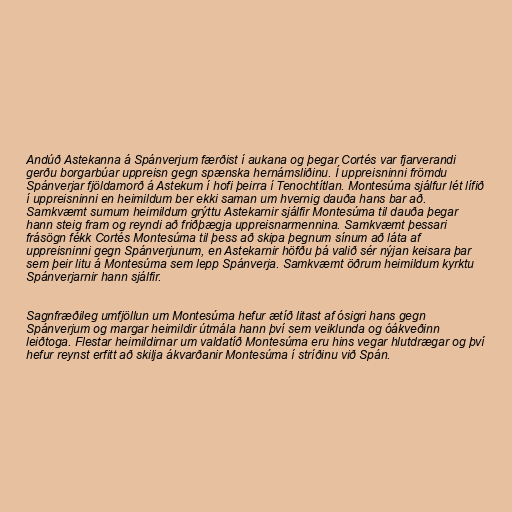
Andúð Astekanna á Spánverjum færðist í aukana og þegar Cortés var fjarverandi
gerðu borgarbúar uppreisn gegn spænska hernámsliðinu. Í uppreisninni frömdu
Spánverjar fjöldamorð á Astekum í hofi þeirra í Tenochtítlan. Montesúma sjálfur lét lífið
í uppreisninni en heimildum ber ekki saman um hvernig dauða hans bar að.
Samkvæmt sumum heimildum grýttu Astekarnir sjálfir Montesúma til dauða þegar
hann steig fram og reyndi að friðþægja uppreisnarmennina. Samkvæmt þessari
frásögn fékk Cortés Montesúma til þess að skipa þegnum sínum að láta af
uppreisninni gegn Spánverjunum, en Astekarnir höfðu þá valið sér nýjan keisara þar
sem þeir litu á Montesúma sem lepp Spánverja. Samkvæmt öðrum heimildum kyrktu
Spánverjarnir hann sjálfir.

Sagnfræðileg umfjöllun um Montesúma hefur ætíð litast af ósigri hans gegn
Spánverjum og margar heimildir útmála hann því sem veiklunda og óákveðinn
leiðtoga. Flestar heimildirnar um valdatíð Montesúma eru hins vegar hlutdrægar og því
hefur reynst erfitt að skilja ákvarðanir Montesúma í stríðinu við Spán.